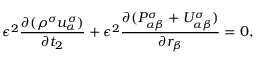
\epsilon ^ { 2 } \frac { \partial ( \rho ^ { \sigma } u _ { \alpha } ^ { \sigma } ) } { \partial t _ { 2 } } + \epsilon ^ { 2 } \frac { \partial ( P _ { \alpha \beta } ^ { \sigma } + U _ { \alpha \beta } ^ { \sigma } ) } { \partial r _ { \beta } } = 0 ,